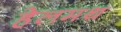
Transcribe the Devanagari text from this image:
हेलमथ